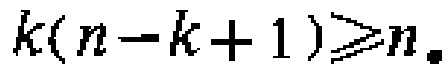
\(k(n - k + 1) \geqslant n\)